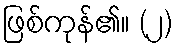
ဖြစ်ကုန်၏။ (၂)